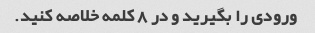
ورودی را بگیرید و در 8 کلمه خلاصه کنید.